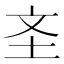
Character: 𱖐